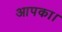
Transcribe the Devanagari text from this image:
आपका।